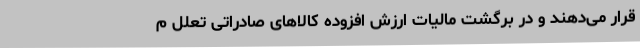
قرار می‌دهند و در برگشت مالیات ارزش افزوده کالاهای صادراتی تعلل م